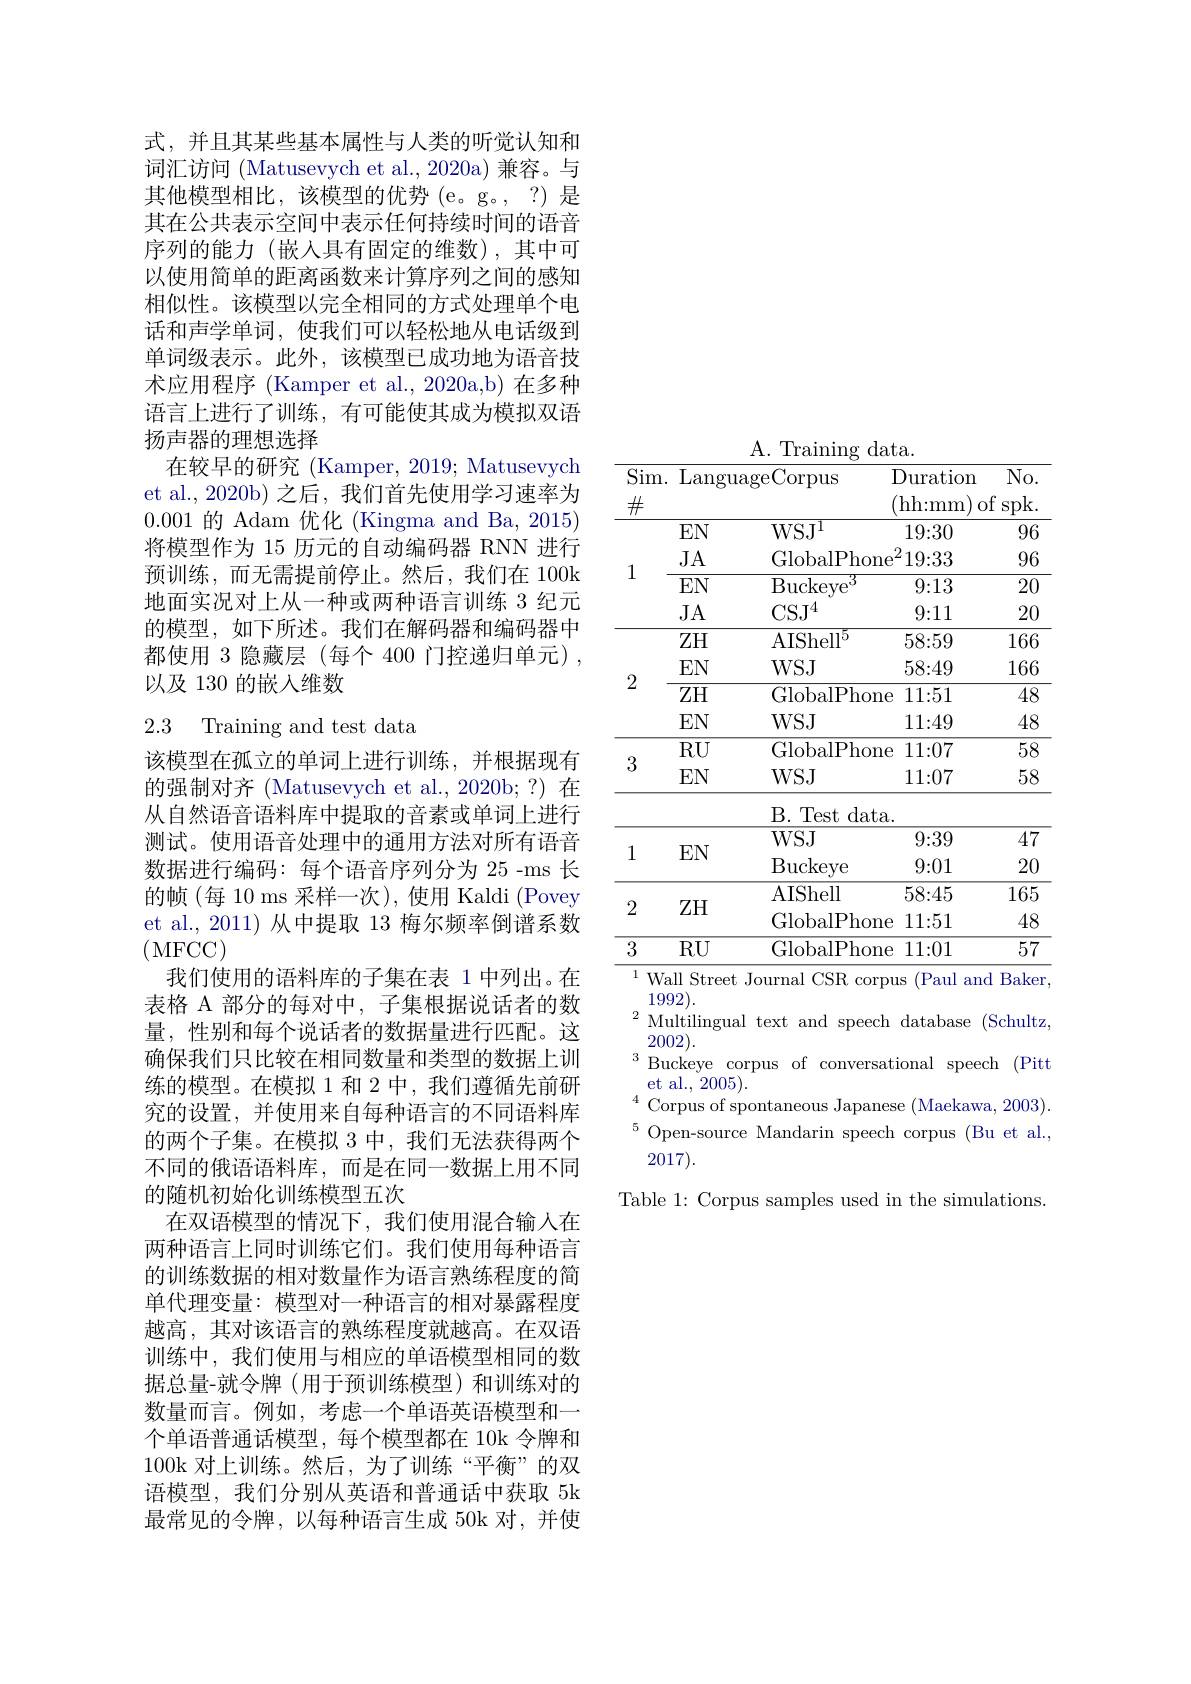
式，并且其某些基本属性与人类的听觉认知和词汇访问 (Matusevych et al., 2020a) 兼容。与其他模型相比，该模型的优势(e。g。,?) 是其在公共表示空间中表示任何持续时间的语音序列的能力(嵌入具有固定的维数),其中可以使用简单的距离函数来计算序列之间的感知相似性。该模型以完全相同的方式处理单个电话和声学单词，使我们可以轻松地从电话级到单词级表示。此外，该模型已成功地为语音技术应用程序 (Kamper et al.,2020a,b) 在多种语言上进行了训练，有可能使其成为模拟双语扬声器的理想选择
在较早的研究(Kamper, 2019; Matusevych et al., 2020b) 之后，我们首先使用学习速率为0.001的 Adam 优化 (Kingma and Ba, 2015) 将模型作为 15 历元的自动编码器 RNN 进行预训练，而无需提前停止。然后，我们在 100k 地面实况对上从一种或两种语言训练 3 纪元的模型，如下所述。我们在解码器和编码器中都使用 3 隐藏层 (每个 400 门控递归单元) , 以及 130 的嵌入维数

## 2.3 Training and test data

该模型在孤立的单词上进行训练，并根据现有的强制对齐 (Matusevych et al., 2020b;?) 在从自然语音语料库中提取的音素或单词上进行测试。使用语音处理中的通用方法对所有语音数据进行编码：每个语音序列分为 25-ms 长的帧(每 10 ms 采样一次),使用 Kaldi (Povey et al.,2011) 从中提取 13 梅尔频率倒谱系数(MFCC)
我们使用的语料库的子集在表 1 中列出。在表格 A 部分的每对中，子集根据说话者的数量，性别和每个说话者的数据量进行匹配。这确保我们只比较在相同数量和类型的数据上训练的模型。在模拟 1 和 2 中，我们遵循先前研究的设置，并使用来自每种语言的不同语料库的两个子集。在模拟 3 中，我们无法获得两个不同的俄语语料库，而是在同一数据上用不同的随机初始化训练模型五次
在双语模型的情况下，我们使用混合输入在两种语言上同时训练它们。我们使用每种语言的训练数据的相对数量作为语言熟练程度的简单代理变量：模型对一种语言的相对暴露程度越高，其对该语言的熟练程度就越高。在双语训练中，我们使用与相应的单语模型相同的数据总量-就令牌(用于预训练模型)和训练对的数量而言。例如，考虑一个单语英语模型和一个单语普通话模型，每个模型都在 10k 令牌和100k 对上训练。然后，为了训练“平衡”的双语模型，我们分别从英语和普通话中获取 5k 最常见的令牌，以每种语言生成 50k 对，并使

A. Training data.
<table>
	<tbody>
		<tr>
			<th>$\overline{\mathrm{Sim.}}$ $\#$</th>
			<th>Langu</th>
			<th>$\operatorname{ageCorpus}$</th>
			<th>${\mathrm{uration}}$ hh: mm</th>
			<th>$No.$ $\operatorname{spk}.$ )f</th>
		</tr>
		<tr>
			<td rowspan="4">1</td>
			<td>$EN$</td>
			<td>$\mathrm{WSJ}^{\mathrm{l}}$</td>
			<td>19:30</td>
			<td>96</td>
		</tr>
		<tr>
			<td>JA</td>
			<td>GlobalPhone</td>
			<td>$^{2}19:33$  </td>
			<td>96</td>
		</tr>
		<tr>
			<td>$EN$</td>
			<td>$\operatorname{Buckeye}$ 11 T</td>
			<td>9{:}13</td>
			<td>20</td>
		</tr>
		<tr>
			<td>JA</td>
			<td>$\mathrm{CSJ}^{4}$</td>
			<td>9{:}11</td>
			<td>20</td>
		</tr>
		<tr>
			<td rowspan="4">2</td>
			<td>ZH</td>
			<td>$\mathrm{AIShell}^{5}$</td>
			<td>58:59</td>
			<td>166</td>
		</tr>
		<tr>
			<td>$EN$</td>
			<td>$WSJ$</td>
			<td>58:49</td>
			<td>166</td>
		</tr>
		<tr>
			<td>$ZH$</td>
			<td>GlobalPhone</td>
			<td>11:51</td>
			<td>48</td>
		</tr>
		<tr>
			<td>$EN$</td>
			<td>$WSJ$</td>
			<td>111{:}49</td>
			<td>48</td>
		</tr>
		<tr>
			<td rowspan="3">3</td>
			<td>$RU$</td>
			<td>GlobalPhone</td>
			<td>111{:}07</td>
			<td>58</td>
		</tr>
		<tr>
			<td>$EN$</td>
			<td>$WSJ$</td>
			<td>11{:}07</td>
			<td>58</td>
		</tr>
		<tr>
			<td> </td>
			<td>B. Test data</td>
			<td> </td>
			<td> </td>
		</tr>
		<tr>
			<td>1</td>
			<td>TTAT</td>
			<td>$WSJ$</td>
			<td>9{:}39</td>
			<td>47</td>
		</tr>
		<tr>
			<td>$\bot$</td>
			<td>EN</td>
			<td>$\operatorname{Buckeye}$</td>
			<td>9{:}01</td>
			<td>20</td>
		</tr>
		<tr>
			<td rowspan="2">2</td>
			<td>7TT</td>
			<td>AIShell</td>
			<td>58:45</td>
			<td>165</td>
		</tr>
		<tr>
			<td>$L\Pi$</td>
			<td>GlobalPhone</td>
			<td>11:51</td>
			<td>48</td>
		</tr>
		<tr>
			<td>3</td>
			<td>$RU$</td>
			<td>GlobalPhone</td>
			<td>11{:}01</td>
			<td>$\overline{57}$</td>
		</tr>
	</tbody>
</table>

${\overline{{^{1}\text{Wall Street Journal CSR corpus (Paul and Baker,}}}}$

1992).
$^{2}$Multilingual text and speech database (Schultz,
2002).
$^{3}$Buckeye corpus of conversational speech (Pitt
et al., 2005)
$^{4}$Corpus of spontaneous Japanese (Maekawa, 2003). $^{5}$Open-source Mandarin speech corpus (Bu et al.,
2017).
Table 1: Corpus samples used in the simulations.